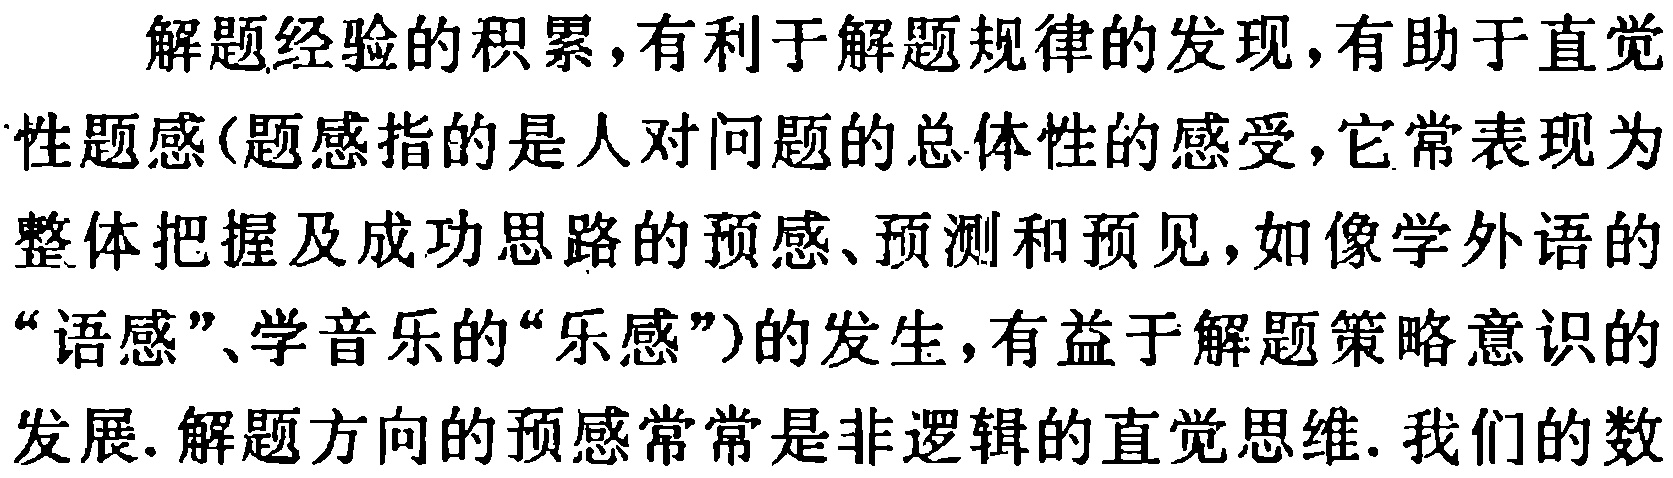
解题经验的积累,有利于解题规律的发现,有助于直觉性题感(题感指的是人对问题的总体性的感受,它常表现为整体把握及成功思路的预感、预测和预见,如像学外语的“语感”、学音乐的“乐感”)的发生,有益于解题策略意识的发展.解题方向的预感常常是非逻辑的直觉思维. 我们的数